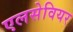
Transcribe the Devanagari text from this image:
एलसेवियर